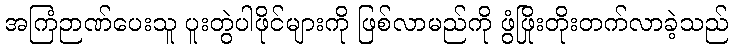
အကြံဉာဏ်ပေးသူ ပူးတွဲပါဖိုင်များကို ဖြစ်လာမည်ကို ဖွံဖြိုးတိုးတက်လာခဲ့သည်